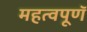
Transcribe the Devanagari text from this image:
महत्वपूणॅ